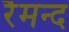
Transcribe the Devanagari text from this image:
रैमन्द